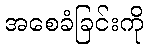
အစေခံခြင်းကို